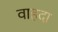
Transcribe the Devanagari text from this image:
वाहदा